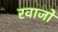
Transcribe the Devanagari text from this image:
रवाजों